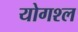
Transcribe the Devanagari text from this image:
योगश्ल